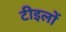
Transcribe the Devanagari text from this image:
टीइलों